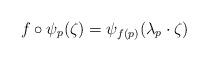
LaTeX: \begin{align*}f\circ\psi_p(\zeta)=\psi_{f(p)}(\lambda_p\cdot \zeta)\end{align*}